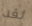
لقد